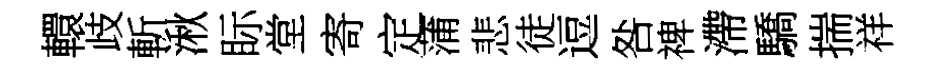
轘歧斬湫眎堂寄定蒲悲徒逗咎禆滯驕揣祥